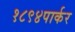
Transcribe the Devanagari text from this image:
१८९४पार्कर